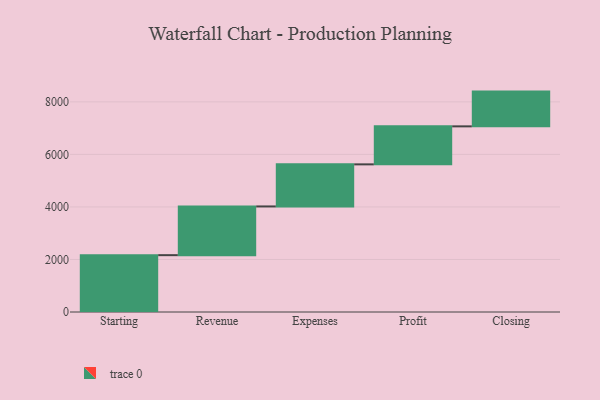
{"axis": {"x": "Step", "y": "Value"}, "legend": [""], "data": [{"x": "Starting", "y": 2164.0, "type": ""}, {"x": "Revenue", "y": 1855.0, "type": ""}, {"x": "Expenses", "y": 1602.0, "type": ""}, {"x": "Profit", "y": 1447.0, "type": ""}, {"x": "Closing", "y": 1323.0, "type": ""}]}